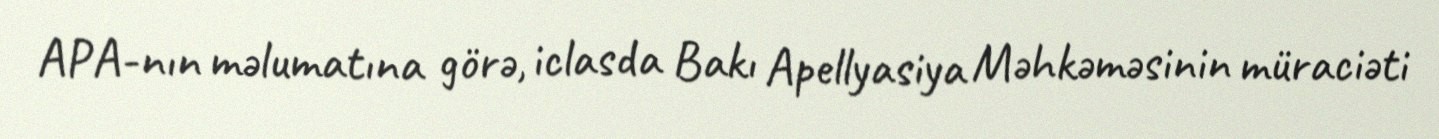
APA-nın məlumatına görə, iclasda Bakı Apellyasiya Məhkəməsinin müraciəti